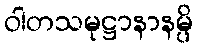
ဝါတသမုဋ္ဌာနာနမ္ပိ